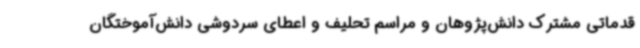
قدماتی مشترک دانش‌پژوهان و مراسم تحلیف و اعطای سردوشی دانش‌آموختگان